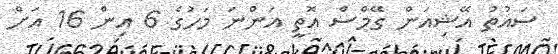
ސައުތު އޭޝިއަން ގޭމްސް އޮތީ އަންނަ މަހުގެ 6 އިން 16 އަށް